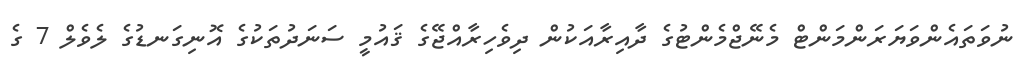
ނުވަތައެންވަޔަރަންމަންޓް މެނޭޖްމެންޓުގެ ދާއިރާއަކުން ދިވެހިރާއްޖޭގެ ޤައުމީ ސަނަދުތަކުގެ އޮނިގަނޑުގެ ލެވެލް 7 ގެ